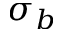
\sigma _ { b }